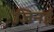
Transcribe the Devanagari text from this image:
जिनई